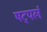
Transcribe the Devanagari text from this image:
षट्पलं